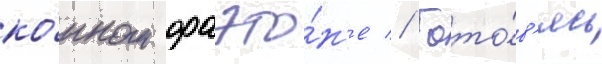
ко́нном фаэто́н'е // Гото́в'ясь